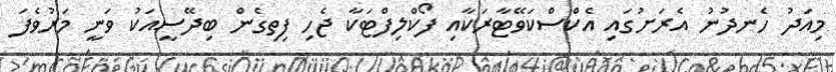
މިއަދު ހެނދުނު އެރަށުގައި އެކްސްކަވޭޓާރަކާއި ފޯކްލިފްޓަކާ ޖެހި ފިތިގެން ބިދޭސީއަކު ވަނީ މަރުވެފަ